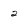
Character: 2